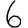
Digit: 6